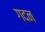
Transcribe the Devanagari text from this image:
गदन